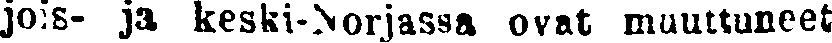
jois- ja keski-Norjassa ovat muuttuneet